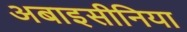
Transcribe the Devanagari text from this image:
अबाइसीनिया